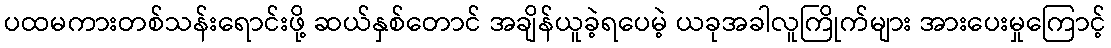
ပထမကားတစ်သန်းရောင်းဖို့ ဆယ်နှစ်တောင် အချိန်ယူခဲ့ရပေမဲ့ ယခုအခါလူကြိုက်များ အားပေးမှုကြောင့်